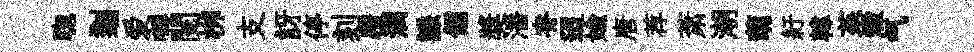
聦剗爱囀閲桞支訝停刻覆澗謙儒奬潘脊迢媮唐荐萧潮萌紆韓茱燬气